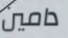
دامين